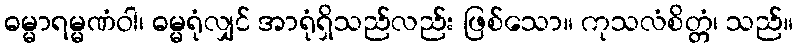
ဓမ္မာရမ္မဏံဝါ၊ ဓမ္မရုံလျှင် အာရုံရှိသည်လည်း ဖြစ်သော။ ကုသလံစိတ္တံ၊ သည်။